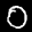
Label: 0